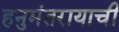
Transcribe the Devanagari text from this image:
हनुमंतरायाची